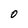
Character: O